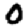
Digit: 0